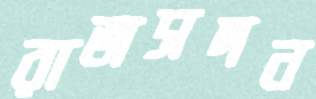
রাজসদন